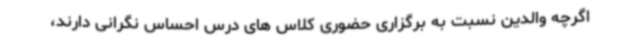
اگرچه والدین نسبت به برگزاری حضوری کلاس های درس احساس نگرانی دارند،